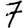
Digit: 7